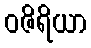
ဝဇိရိယာ